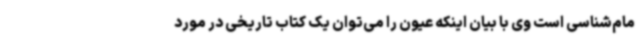
مام‌شناسی است وی با بیان اینکه عیون را می‌توان یک کتاب تاریخی در مورد